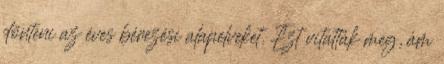
dönteni az éves bérezési alapelveket. Ezt vitatták meg, ám